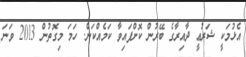
އެޅުމަކީ ޝަރުޢީ ދާއިރާގެ ބޭރުން ކޮށްފައިވާ ކަމެއްކަން. ހަމަ މިގޮތުން 2013 ވަނަ